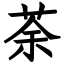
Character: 荼